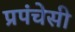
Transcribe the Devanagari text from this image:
प्रपंचेसी